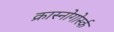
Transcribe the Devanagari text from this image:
क्रास्नोगोर्स्क